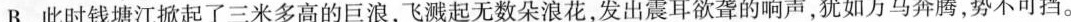
B. 此时钱塘江掀起了三米多高的巨浪，飞溅起无数朵浪花，发出震耳欲聋的响声，犹如万马奔腾，势不可挡。